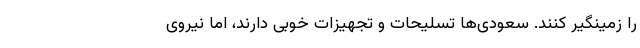
را زمینگیر کنند. سعودی‌ها تسلیحات و تجهیزات خوبی دارند، اما نیروی